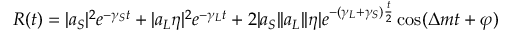
R ( t ) = | a _ { S } | ^ { 2 } e ^ { - \gamma _ { S } t } + | a _ { L } \eta | ^ { 2 } e ^ { - \gamma _ { L } t } + 2 | a _ { S } | | a _ { L } | | \eta | e ^ { - ( \gamma _ { L } + \gamma _ { S } ) { \frac { t } { 2 } } } \cos ( \Delta m t + \varphi )